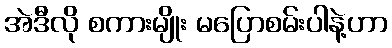
အဲဒီလို စကားမျိုး မပြောစမ်းပါနဲ့ဟာ